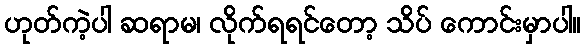
ဟုတ်ကဲ့ပါ ဆရာမ၊ လိုက်ရရင်တော့ သိပ် ကောင်းမှာပါ။